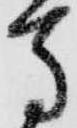
馬